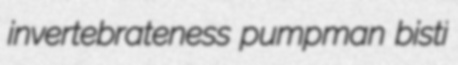
invertebrateness pumpman bisti